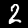
Digit: 2